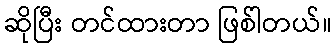
ဆိုပြီး တင်ထားတာ ဖြစ်ါတယ်။